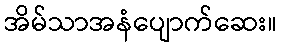
အိမ်သာအနံပျောက်ဆေး။